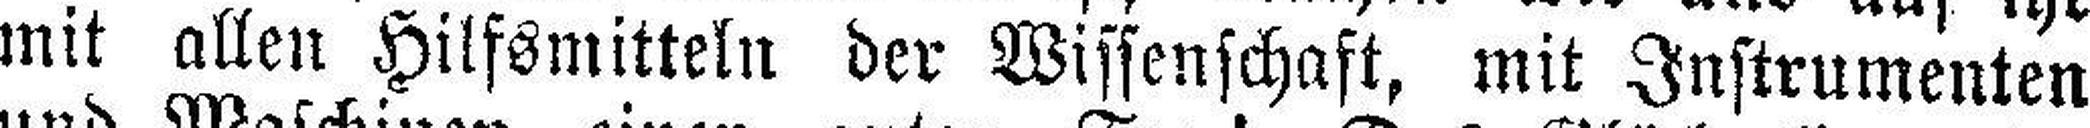
mit allen Hilfsmitteln der Wissenschaft, mit Instrumenten